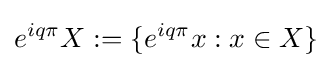
e^{iq\pi }X:=\{e^{iq\pi }x:x\in X\}